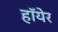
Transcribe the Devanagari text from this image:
हॉयेर